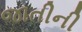
જાતીની